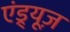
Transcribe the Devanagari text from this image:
एंड्र्यूज़